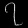
Digit: ၇